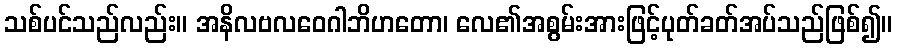
သစ်ပင်သည်လည်း။ အနိလဗလဝေဂါဘိဟတော၊ လေ၏အစွမ်းအားဖြင့်ပုတ်ခတ်အပ်သည်ဖြစ်၍။